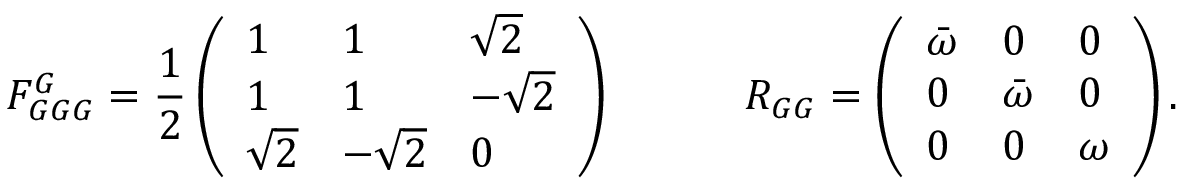
F _ { G G G } ^ { G } = \frac { 1 } { 2 } \left( \begin{array} { l l l } { 1 } & { 1 } & { \sqrt { 2 } } \\ { 1 } & { 1 } & { - \sqrt { 2 } } \\ { \sqrt { 2 } } & { - \sqrt { 2 } } & { 0 } \end{array} \right) \quad \quad \quad R _ { G G } = \left( \begin{array} { l l l } { \bar { \omega } } & { 0 } & { 0 } \\ { 0 } & { \bar { \omega } } & { 0 } \\ { 0 } & { 0 } & { \omega } \end{array} \right) .